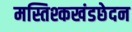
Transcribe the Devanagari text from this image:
मस्तिश्कखंडछेदन